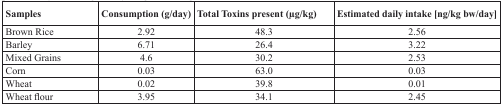
<table><thead><tr><td><b>Samples</b></td><td><b>Consumption (g/day)</b></td><td><b>Total Toxins present (μg/kg)</b></td><td><b>Estimated daily intake [ng/kg bw/day]</b></td></tr></thead><tbody><tr><td>Brown Rice</td><td>2.92</td><td>48.3</td><td>2.56</td></tr><tr><td>Barley</td><td>6.71</td><td>26.4</td><td>3.22</td></tr><tr><td>Mixed Grains</td><td>4.6</td><td>30.2</td><td>2.53</td></tr><tr><td>Corn</td><td>0.03</td><td>63.0</td><td>0.03</td></tr><tr><td>Wheat</td><td>0.02</td><td>39.8</td><td>0.01</td></tr><tr><td>Wheat flour</td><td>3.95</td><td>34.1</td><td>2.45</td></tr></tbody></table>